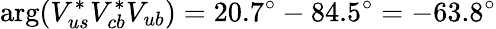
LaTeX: \arg(V_{us}^{*}V_{cb}^{*}V_{ub})=20.7^{\circ}-84.5^{\circ}=-63.8^{\circ}